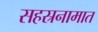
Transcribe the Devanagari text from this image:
सहस्रनामात